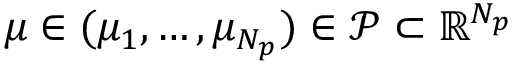
\mu \in ( \mu _ { 1 } , \ldots , \mu _ { N _ { p } } ) \in \mathcal { P } \subset \mathbb { R } ^ { N _ { p } }